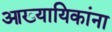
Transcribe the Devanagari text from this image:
आख्यायिकांना